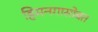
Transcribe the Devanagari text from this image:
हिमनगासोबत